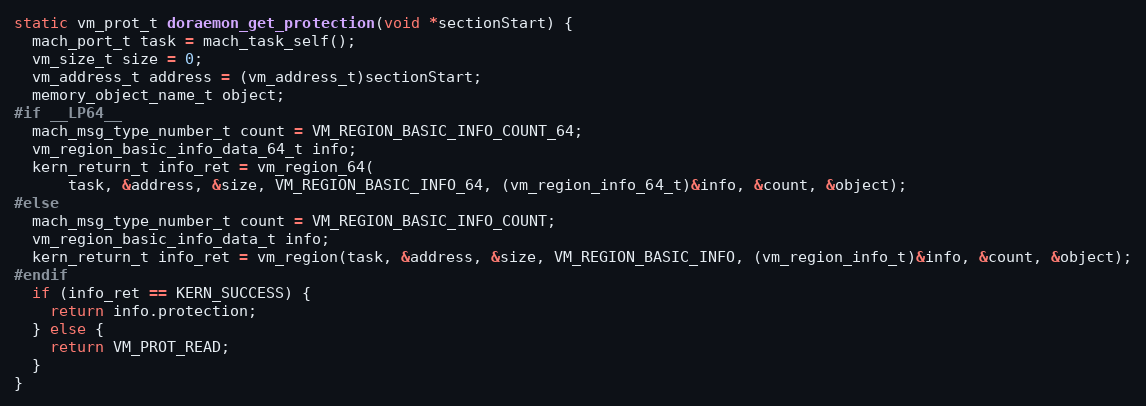
Language: C
static vm_prot_t doraemon_get_protection(void *sectionStart) {
  mach_port_t task = mach_task_self();
  vm_size_t size = 0;
  vm_address_t address = (vm_address_t)sectionStart;
  memory_object_name_t object;
#if __LP64__
  mach_msg_type_number_t count = VM_REGION_BASIC_INFO_COUNT_64;
  vm_region_basic_info_data_64_t info;
  kern_return_t info_ret = vm_region_64(
      task, &address, &size, VM_REGION_BASIC_INFO_64, (vm_region_info_64_t)&info, &count, &object);
#else
  mach_msg_type_number_t count = VM_REGION_BASIC_INFO_COUNT;
  vm_region_basic_info_data_t info;
  kern_return_t info_ret = vm_region(task, &address, &size, VM_REGION_BASIC_INFO, (vm_region_info_t)&info, &count, &object);
#endif
  if (info_ret == KERN_SUCCESS) {
    return info.protection;
  } else {
    return VM_PROT_READ;
  }
}